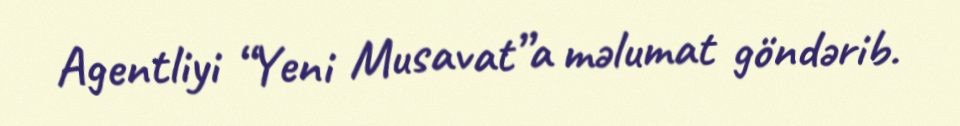
Agentliyi “Yeni Musavat”a məlumat göndərib.